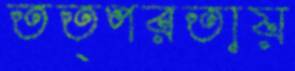
তত্পরতায়